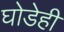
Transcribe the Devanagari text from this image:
घोडेही